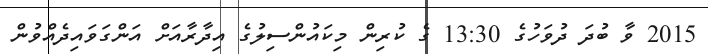
2015 ވާ ބުދަ ދުވަހުގެ 13:30 ގެ ކުރިން މިކައުންސިލުގެ އިދާރާއަށް އަންގަވައިދެއްވުން